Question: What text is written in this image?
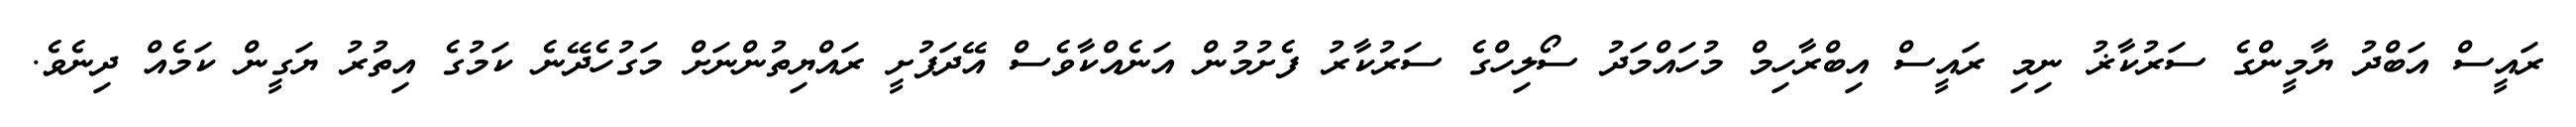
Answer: ރައީސް އަބްދު ޔާމީންގެ ސަރުކާޜު ނިމި ރައީސް އިބްރާހިމް މުހައްމަދު ސޯލިހްގެ ސަރުކާރު ފެށުމުން އަނެއްކާވެސް އޭދަފުށީ ރައްޔިތުންނަށް މަގުހެދޭނެ ކަމުގެ އިތުރު ޔަގީން ކަމެއް ދިނެވެ.